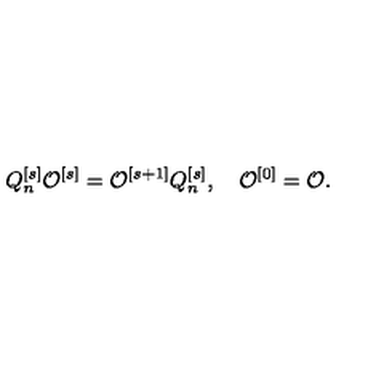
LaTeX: Q _ { n } ^ { [ s ] } { \cal O } ^ { [ s ] } = { \cal O } ^ { [ s + 1 ] } Q _ { n } ^ { [ s ] } , \quad { \cal O } ^ { [ 0 ] } = { \cal O } .